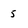
Character: 5